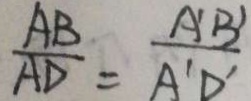
\frac { A B } { A D } = \frac { A ^ { \prime } B ^ { \prime } } { A ^ { \prime } D ^ { \prime } }